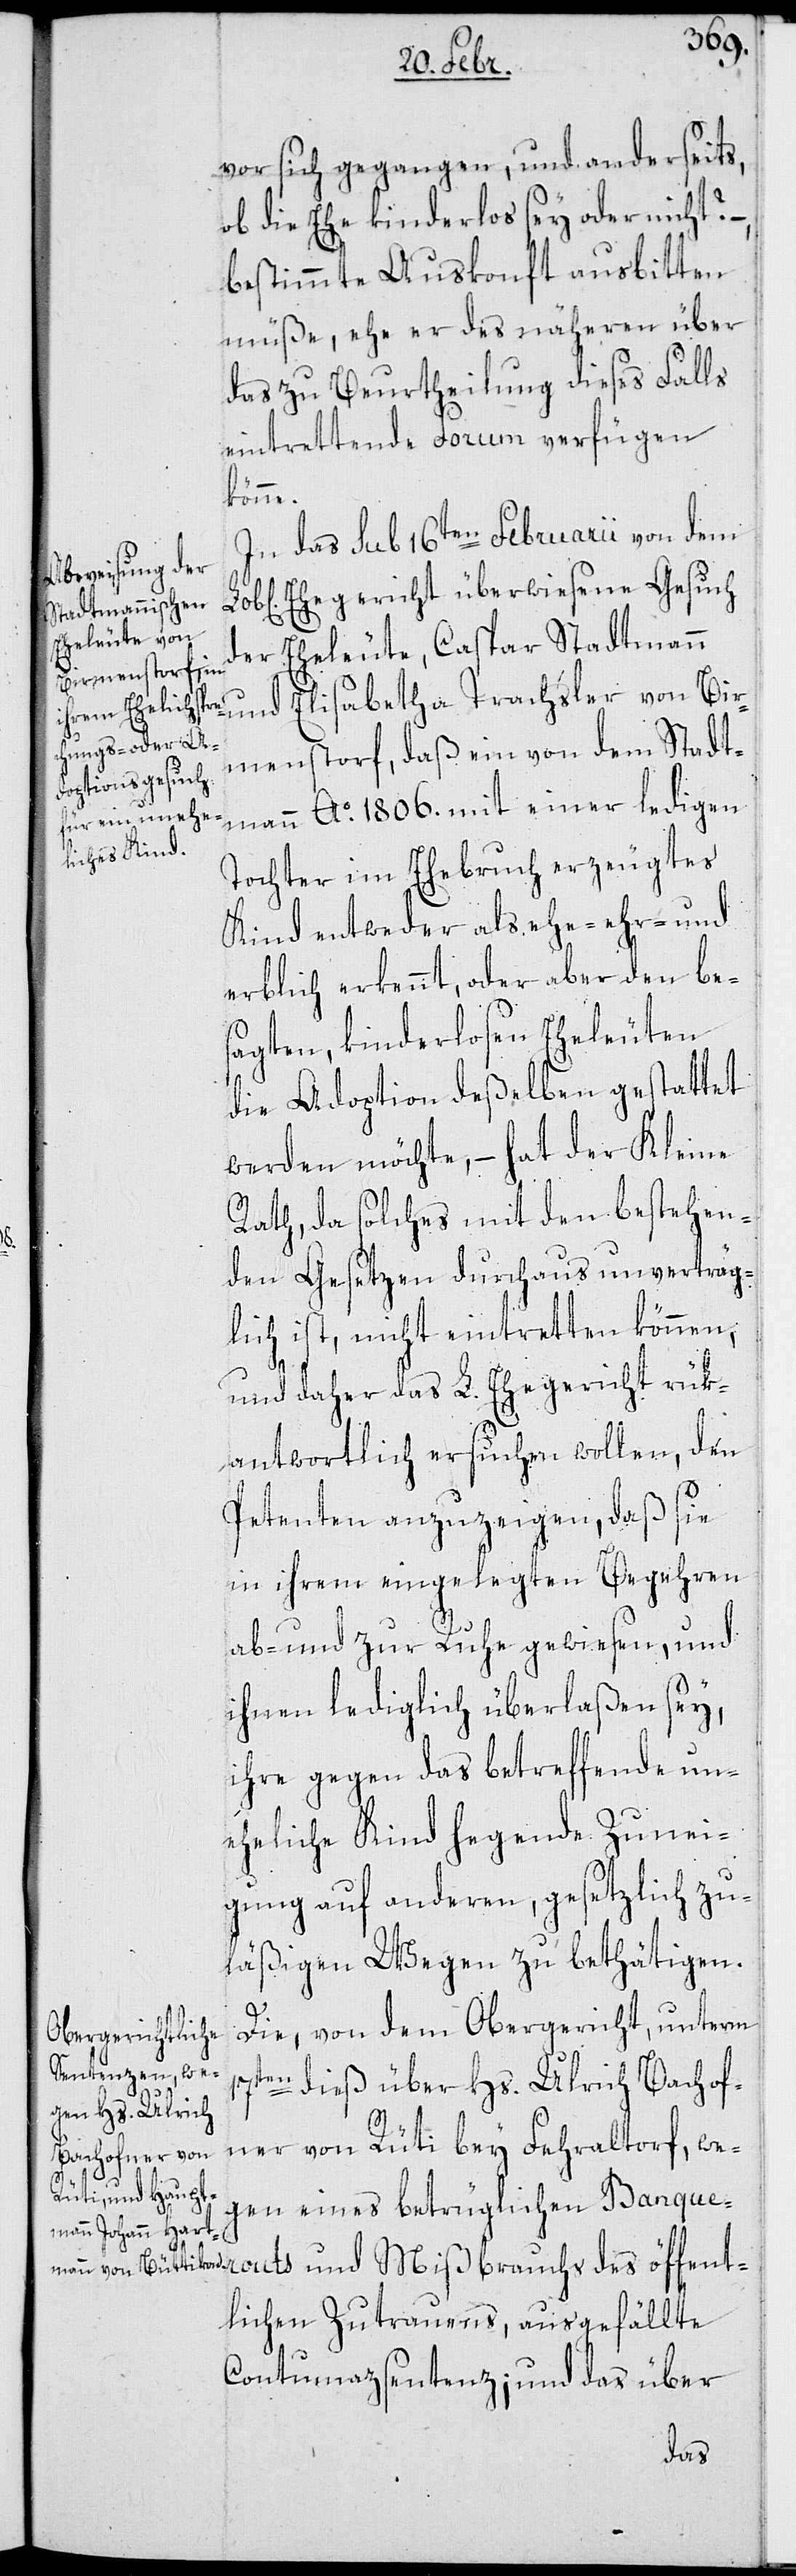
vor sich gegangen, und anderseits
ob die Ehe kinderlos sey oder nicht? –
bestimmte Auskonft ausbitten
müße, ehe er des näheren über
das zu Beurtheilung dieses Falls
eintrettende Forum verfügen
könne.
In das sub 16ten Februarii von dem
Ehegericht überwiesene Gesuch
der Eheleute, Caspar Stadtmann
menstorf, daß ein von dem Stadt¬
mann Ao 1806. mit einer ledigen
Tochter im Ehebruch erzeugtes
Kind entweder als ehe-[,] ehr- und
erblich erkennt, oder aber den be¬
sagten kinderlosen Eheleuten
die Adoption deßelben gestattet
werden möchte, – hat der Kleine
Rath, da solches mit den bestehen¬
den Gesetzen durchaus unverträg¬
lich ist, nicht eintretten können,
und daher das L. Ehegericht rük¬
antwortlich ersuchen wollen, den
Petenten anzuzeigen, daß sie
in ihrem eingelegten Begehren
ab- und zur Ruhe gewiesen, und
ihnen lediglich überlaßen sey,
ihre gegen das betreffende un¬
eheliche Kind hegende Zunei¬
gung auf anderen, gesetzlich zu¬
läßigen Wegen zu bethätigen.
Die, von dem Obergericht, unterm
17ten dieß über Hs. Ulrich Bachof¬
ner von Rüti bey Fehraltorf, we¬
uchs des öffen¬
gen eines betrüglichen Banquer¬
tlichen Zutrauens, ausgefällte
Contumazsentenz; und das über